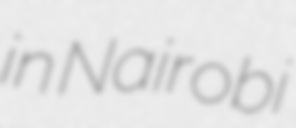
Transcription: in Nairobi